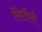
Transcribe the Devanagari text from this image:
भिटौली